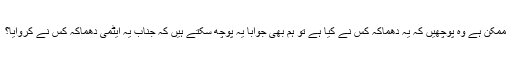
ممکن ہے وہ پوچھیں کہ یہ دھماکہ کس نے کیا ہے تو ہم بھی جواباً یہ پوچھ سکتے ہیں کہ جناب یہ ایٹمی دھماکہ کس نے کروایا؟